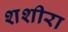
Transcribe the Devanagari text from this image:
शशीरा